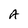
Character: A